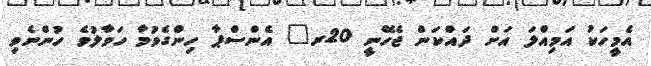
އެމީހަކު އަމިއްލަ އަށް ދައްކަން ޖެހޭނީ 20ރ" އެންސްޕާ ހިންގެވުމާ ހަވާލުވެ ހުންނެވި